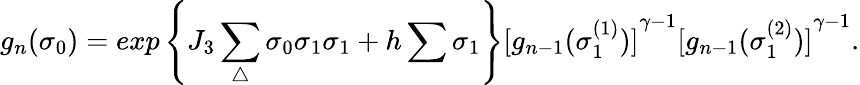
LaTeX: g_{n}({\sigma}_{0})=exp\left\{ J_{3}\sum_{\triangle}{\sigma}_{0}{\sigma}_{1}{\sigma}_{1}+h\sum{\sigma}_{1}\right\} {[g_{n-1}({\sigma}_{1}^{(1)})]}^{\gamma-1}{[g_{n-1}({\sigma}_{1}^{(2)})]}^{\gamma-1}.